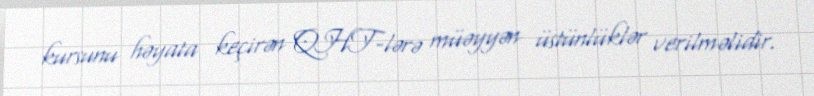
kursunu həyata keçirən QHT-lərə müəyyən üstünlüklər verilməlidir.